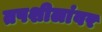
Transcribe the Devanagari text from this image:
तपशीलांवर